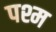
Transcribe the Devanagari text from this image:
पश्म